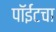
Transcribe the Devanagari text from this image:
पॉईंटचा